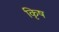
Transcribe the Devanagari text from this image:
कृिष